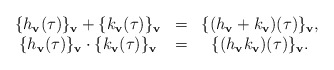
\begin{align*}\begin{array}{ccc}\{h_\mathbf{v}(\tau)\}_\mathbf{v}+\{k_\mathbf{v}(\tau)\}_\mathbf{v}&=&\{(h_\mathbf{v}+k_\mathbf{v})(\tau)\}_\mathbf{v},\\\{h_\mathbf{v}(\tau)\}_\mathbf{v}\cdot\{k_\mathbf{v}(\tau)\}_\mathbf{v}&=&\{(h_\mathbf{v}k_\mathbf{v})(\tau)\}_\mathbf{v}.\end{array}\end{align*}